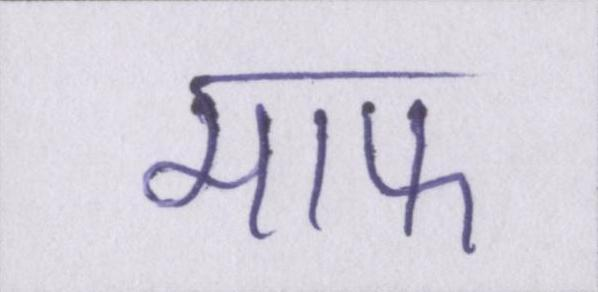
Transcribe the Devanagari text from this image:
माफ